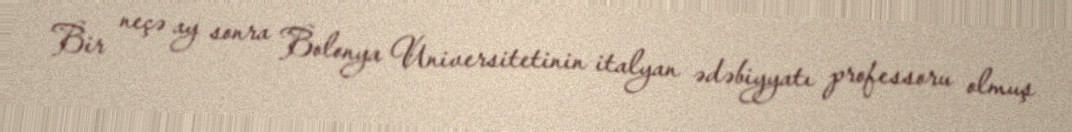
Bir neçə ay sonra Bolonya Universitetinin italyan ədəbiyyatı professoru olmuş